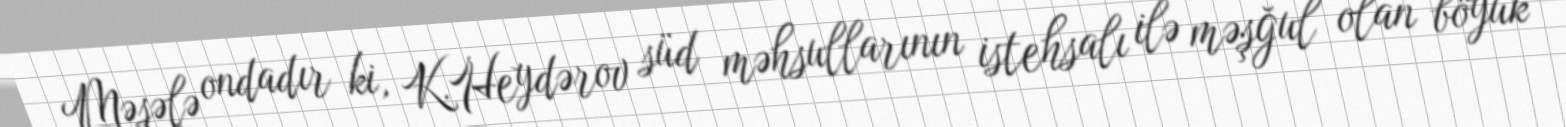
Məsələ ondadır ki, K.Heydərov süd məhsullarının istehsalı ilə məşğul olan böyük